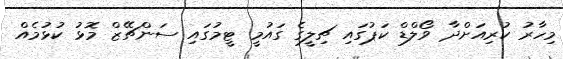
މިހާރު ކުރިއަށްދާ ވޯލްޑް ކަޕުގައި ޗިލީގެ ގައުމީ ޓީމުގައި ސަންޗޭޒް މޮޅު ކުޅުމެއް